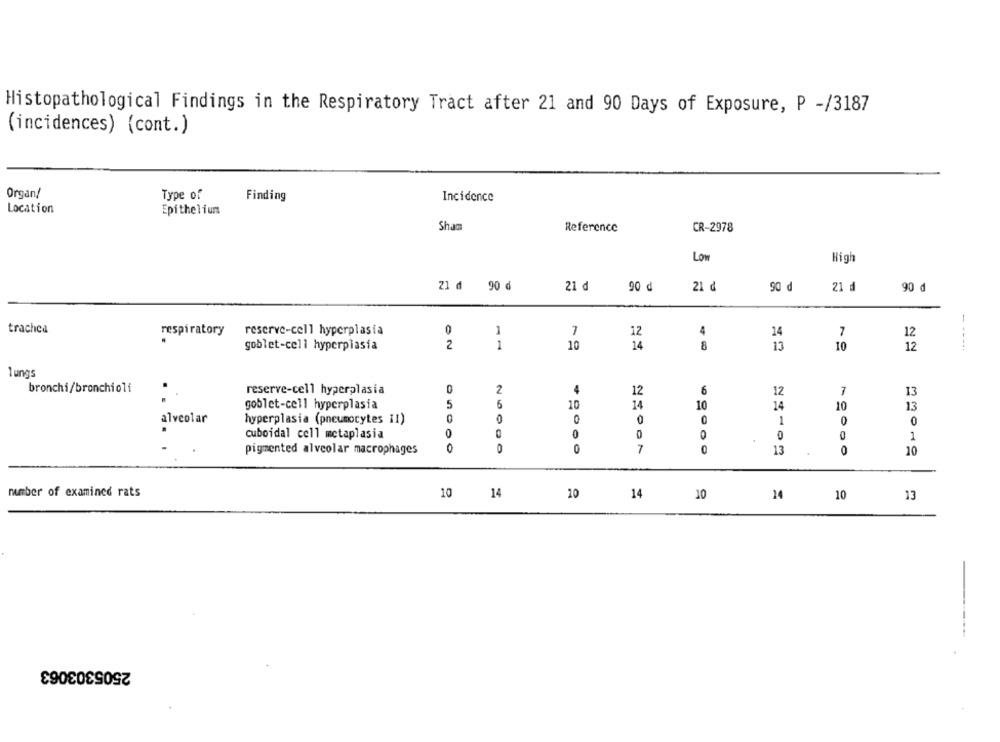
Histopathological Findings in the Respiratory Tract after 21 and 90 Days of Exposure, P -/3187
(incidences) (cont.)
Organ/
Type of
Finding
Incidence
Location
Epithelium
Sham
Reference
CR-2978
Low
High
21 d 90 d
21 d
90 d
21 d
90 d
21 d
90 d
trachea
respiratory
reserve-cell hyperplasia
0
1
7
12
4
24
7
12
goblet-cell hyperplasia
2
1
10
14
8
13
10
12
- ---..
lungs
bronchi/bronchioli
reserve-cell hyperplasia
2
4
12
6
12
7
13
goblet-cell hyperplasia
5
6
10
14
10
14
10
13
alveolar
hyperplasia (pneumocytes I1)
0
0
0
1
0
cuboidal cell metaplasia
0
0
0
0
0
0
1
pigmented alveolar macrophages
O
0
07
0
13
10
member of examined rats
10
14
10
14
10
24
10
13
2505303063